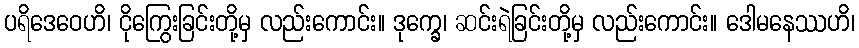
ပရိဒေဝေဟိ၊ ငိုကြွေးခြင်းတို့မှ လည်းကောင်း။ ဒုက္ခေ၊ ဆင်းရဲခြင်းတို့မှ လည်းကောင်း။ ဒေါမနေဿဟိ၊